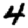
Digit: 4